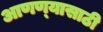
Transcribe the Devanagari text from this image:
आणण्‍यासाठी